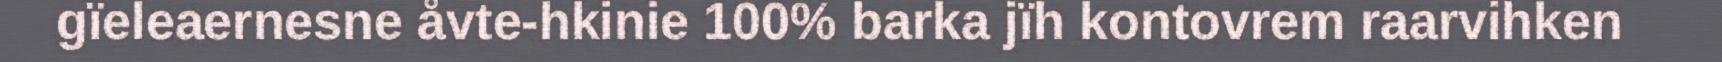
gïeleaernesne åvte-hkinie 100% barka jïh kontovrem raarvihken